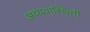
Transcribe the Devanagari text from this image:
अव्यवास्थिती